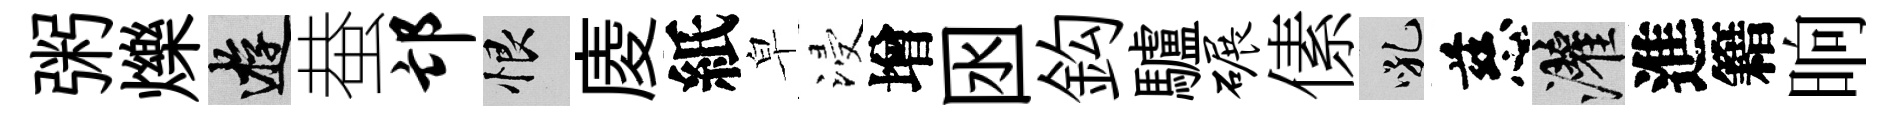
粥爍游蛬邙恨庱紙皁浸增囦鈎驢碾傃吼慈灌進籍晌